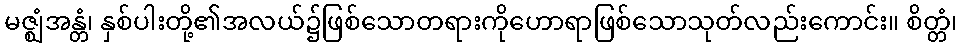
မဇ္ဈံအန္တံ၊ နှစ်ပါးတို့၏အလယ်၌ဖြစ်သောတရားကိုဟောရာဖြစ်သောသုတ်လည်းကောင်း။ စိတ္တံ၊